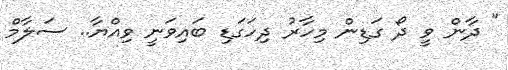
" ދާން ވީ ދޯ ގަޑިން މިހާރު ދިހަގަޑި ބައިވަނީ ވިއްޔާ.. ސަލާމް